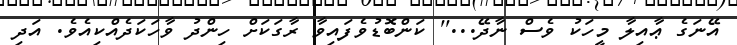
އޭނަގެ ޢާއިލާ މީހަކު ވެސް ނާދޭ...'' ކަންބޮޑުވެފައިވާ ރާގަކަށް ހިންދު ވާހަކަދެއްކިއެވެ. އަދި